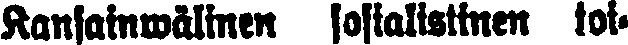
Kansainwälinen sosialistinen toi-